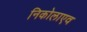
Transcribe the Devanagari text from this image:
निकोलाएव